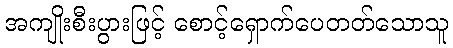
အကျိုးစီးပွားဖြင့် စောင့်ရှောက်ပေတတ်သောသူ